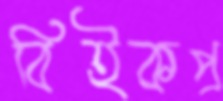
বিইকপ্র